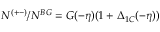
N ^ { ( + - ) } / N ^ { B G } = G ( - \eta ) ( 1 + \Delta _ { 1 C } ( - \eta ) )